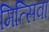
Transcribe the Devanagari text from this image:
मित्सिवा